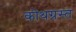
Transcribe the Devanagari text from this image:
कोथग्रस्त